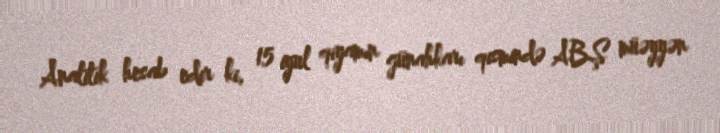
Analitik hesab edir ki, 15 iyul qiyamın günahkarı qismində ABŞ müəyyən